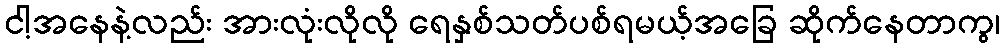
ငါ့အနေနဲ့လည်း အားလုံးလိုလို ရေနှစ်သတ်ပစ်ရမယ့်အခြေ ဆိုက်နေတာကွ၊